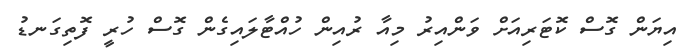
އިޔަން ގޮސް ކޮޓަރިއަށް ވަންއިރު މިއާ ރުއިން ހުއްޓާލައިގެން ގޮސް ހުރީ ފޮތިގަނޑު